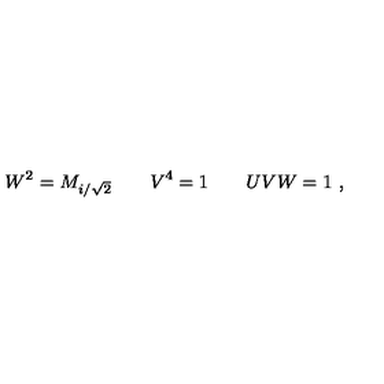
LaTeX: W ^ { 2 } = M _ { i / \sqrt 2 } \qquad V ^ { 4 } = 1 \qquad U V W = 1 \ ,